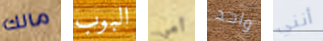
مالك البوب أمي واحد أنني